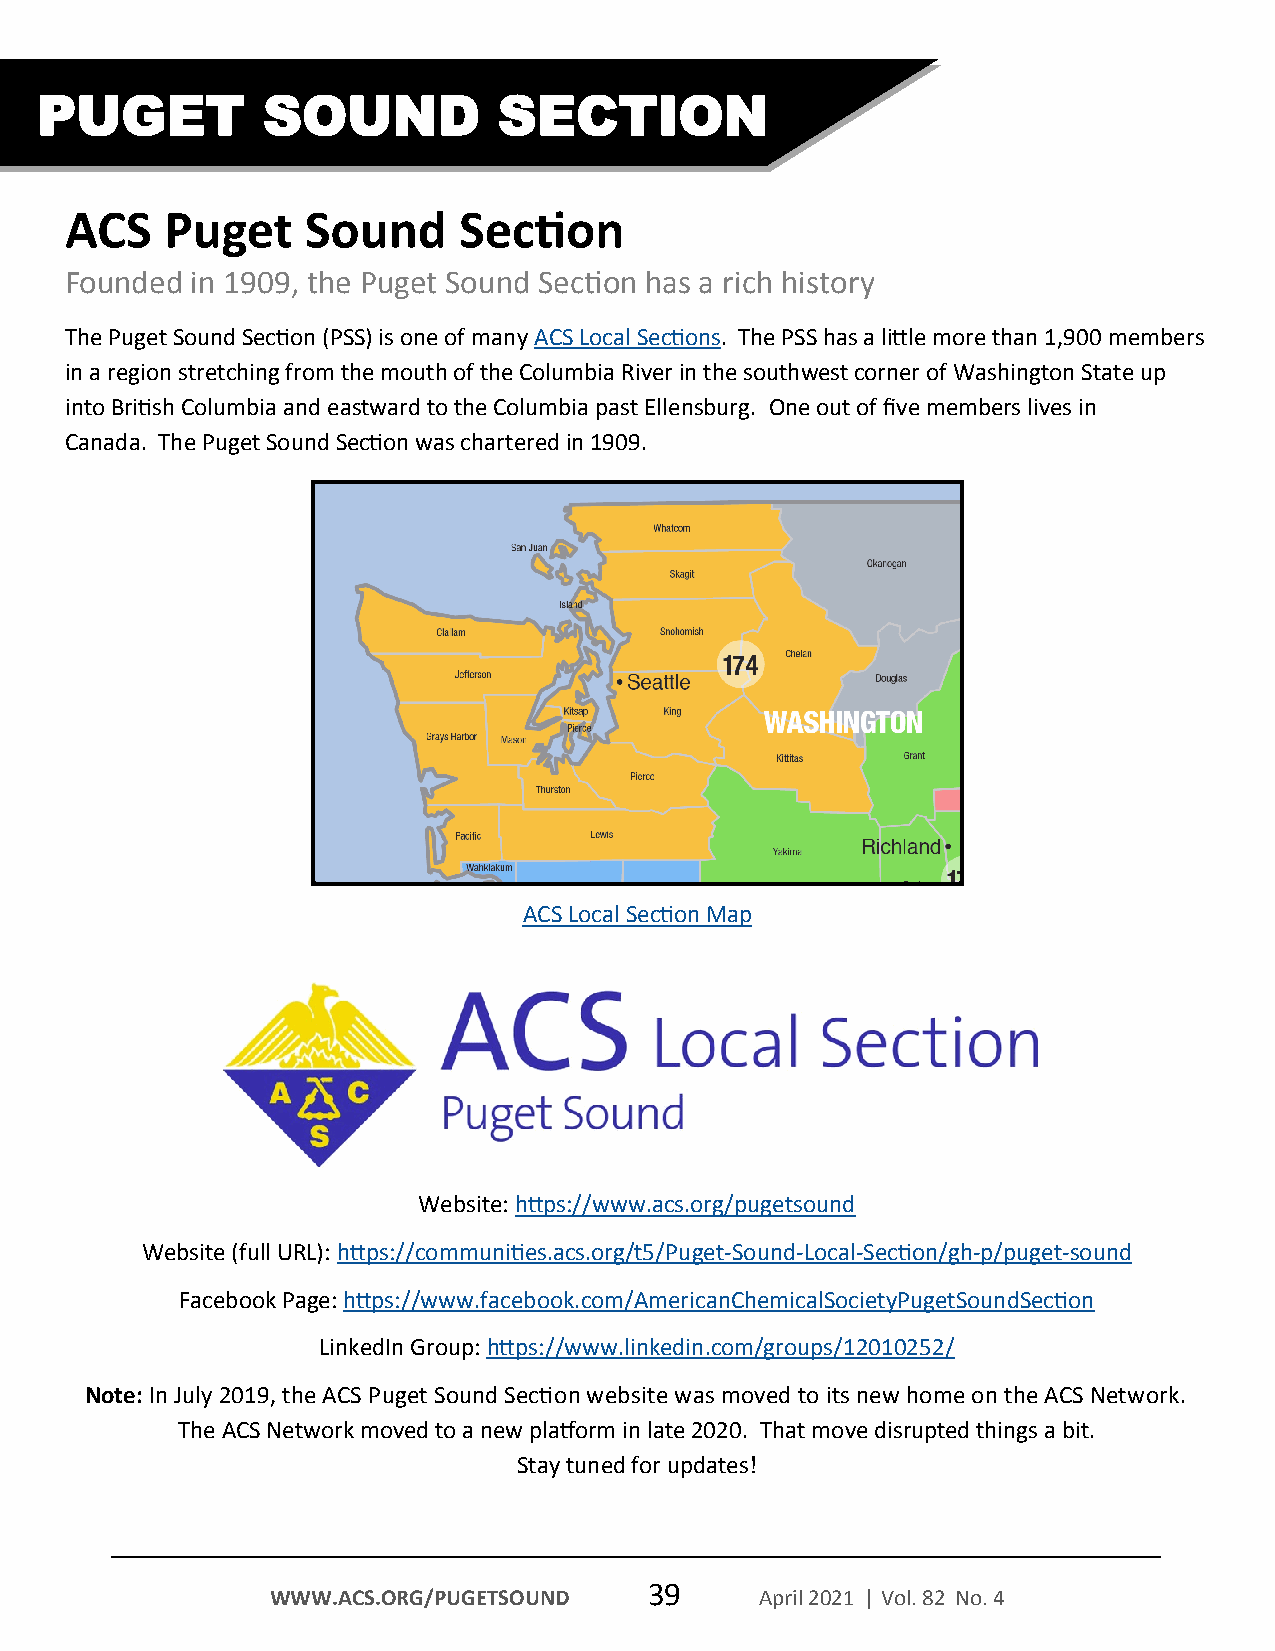
PUGET          SOUND           SECTION
 ACS    Puget    Sound     Section
 Founded  in 1909, the Puget Sound Section has a rich history
 The Puget Sound Section (PSS) is one of many ACS Local Sections. The PSS has a little more than 1,900 members
 in a region stretching from the mouth of the Columbia River in the southwest corner of Washington State up
 into British Columbia and eastward to the Columbia past Ellensburg. One out of five members lives in
 Canada. The Puget Sound Section was chartered in 1909.
 ACS Local Section Map
 Website: https://www.acs.org/pugetsound
 Website (full URL): https://communities.acs.org/t5/Puget-Sound-Local-Section/gh-p/puget-sound
 Facebook Page: https://www.facebook.com/AmericanChemicalSocietyPugetSoundSection
 LinkedIn Group: https://www.linkedin.com/groups/12010252/
 Note: In July 2019, the ACS Puget Sound Section website was moved to its new home on the ACS Network.
 The ACS Network moved to a new platform in late 2020. That move disrupted things a bit.
 Stay tuned for updates!
 39
 WWW.ACS.ORG/PUGETSOUND          April 2021 | Vol. 82 No. 4